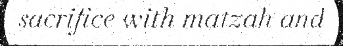
sacrifice with matzah and